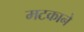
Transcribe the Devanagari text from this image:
मटकाने